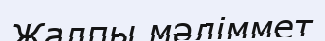
Жалпы мәліммет